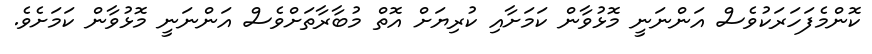
ކޮންމެފަހަރަކުވެސް އަންނަނީ މޮޅުވާން ކަމަށާއި ކުރިޔަށް އޮތް މުބާރާތަށްވެސް އަންނަނީ މޮޅުވާން ކަމަށެވެ.